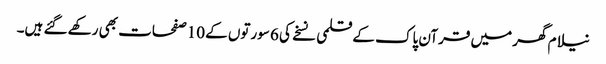
نیلام گھر میں قرآن پاک کے قلمی نسخے کی 6 سورتوں کے 10صفحات بھی رکھے گئے ہیں۔